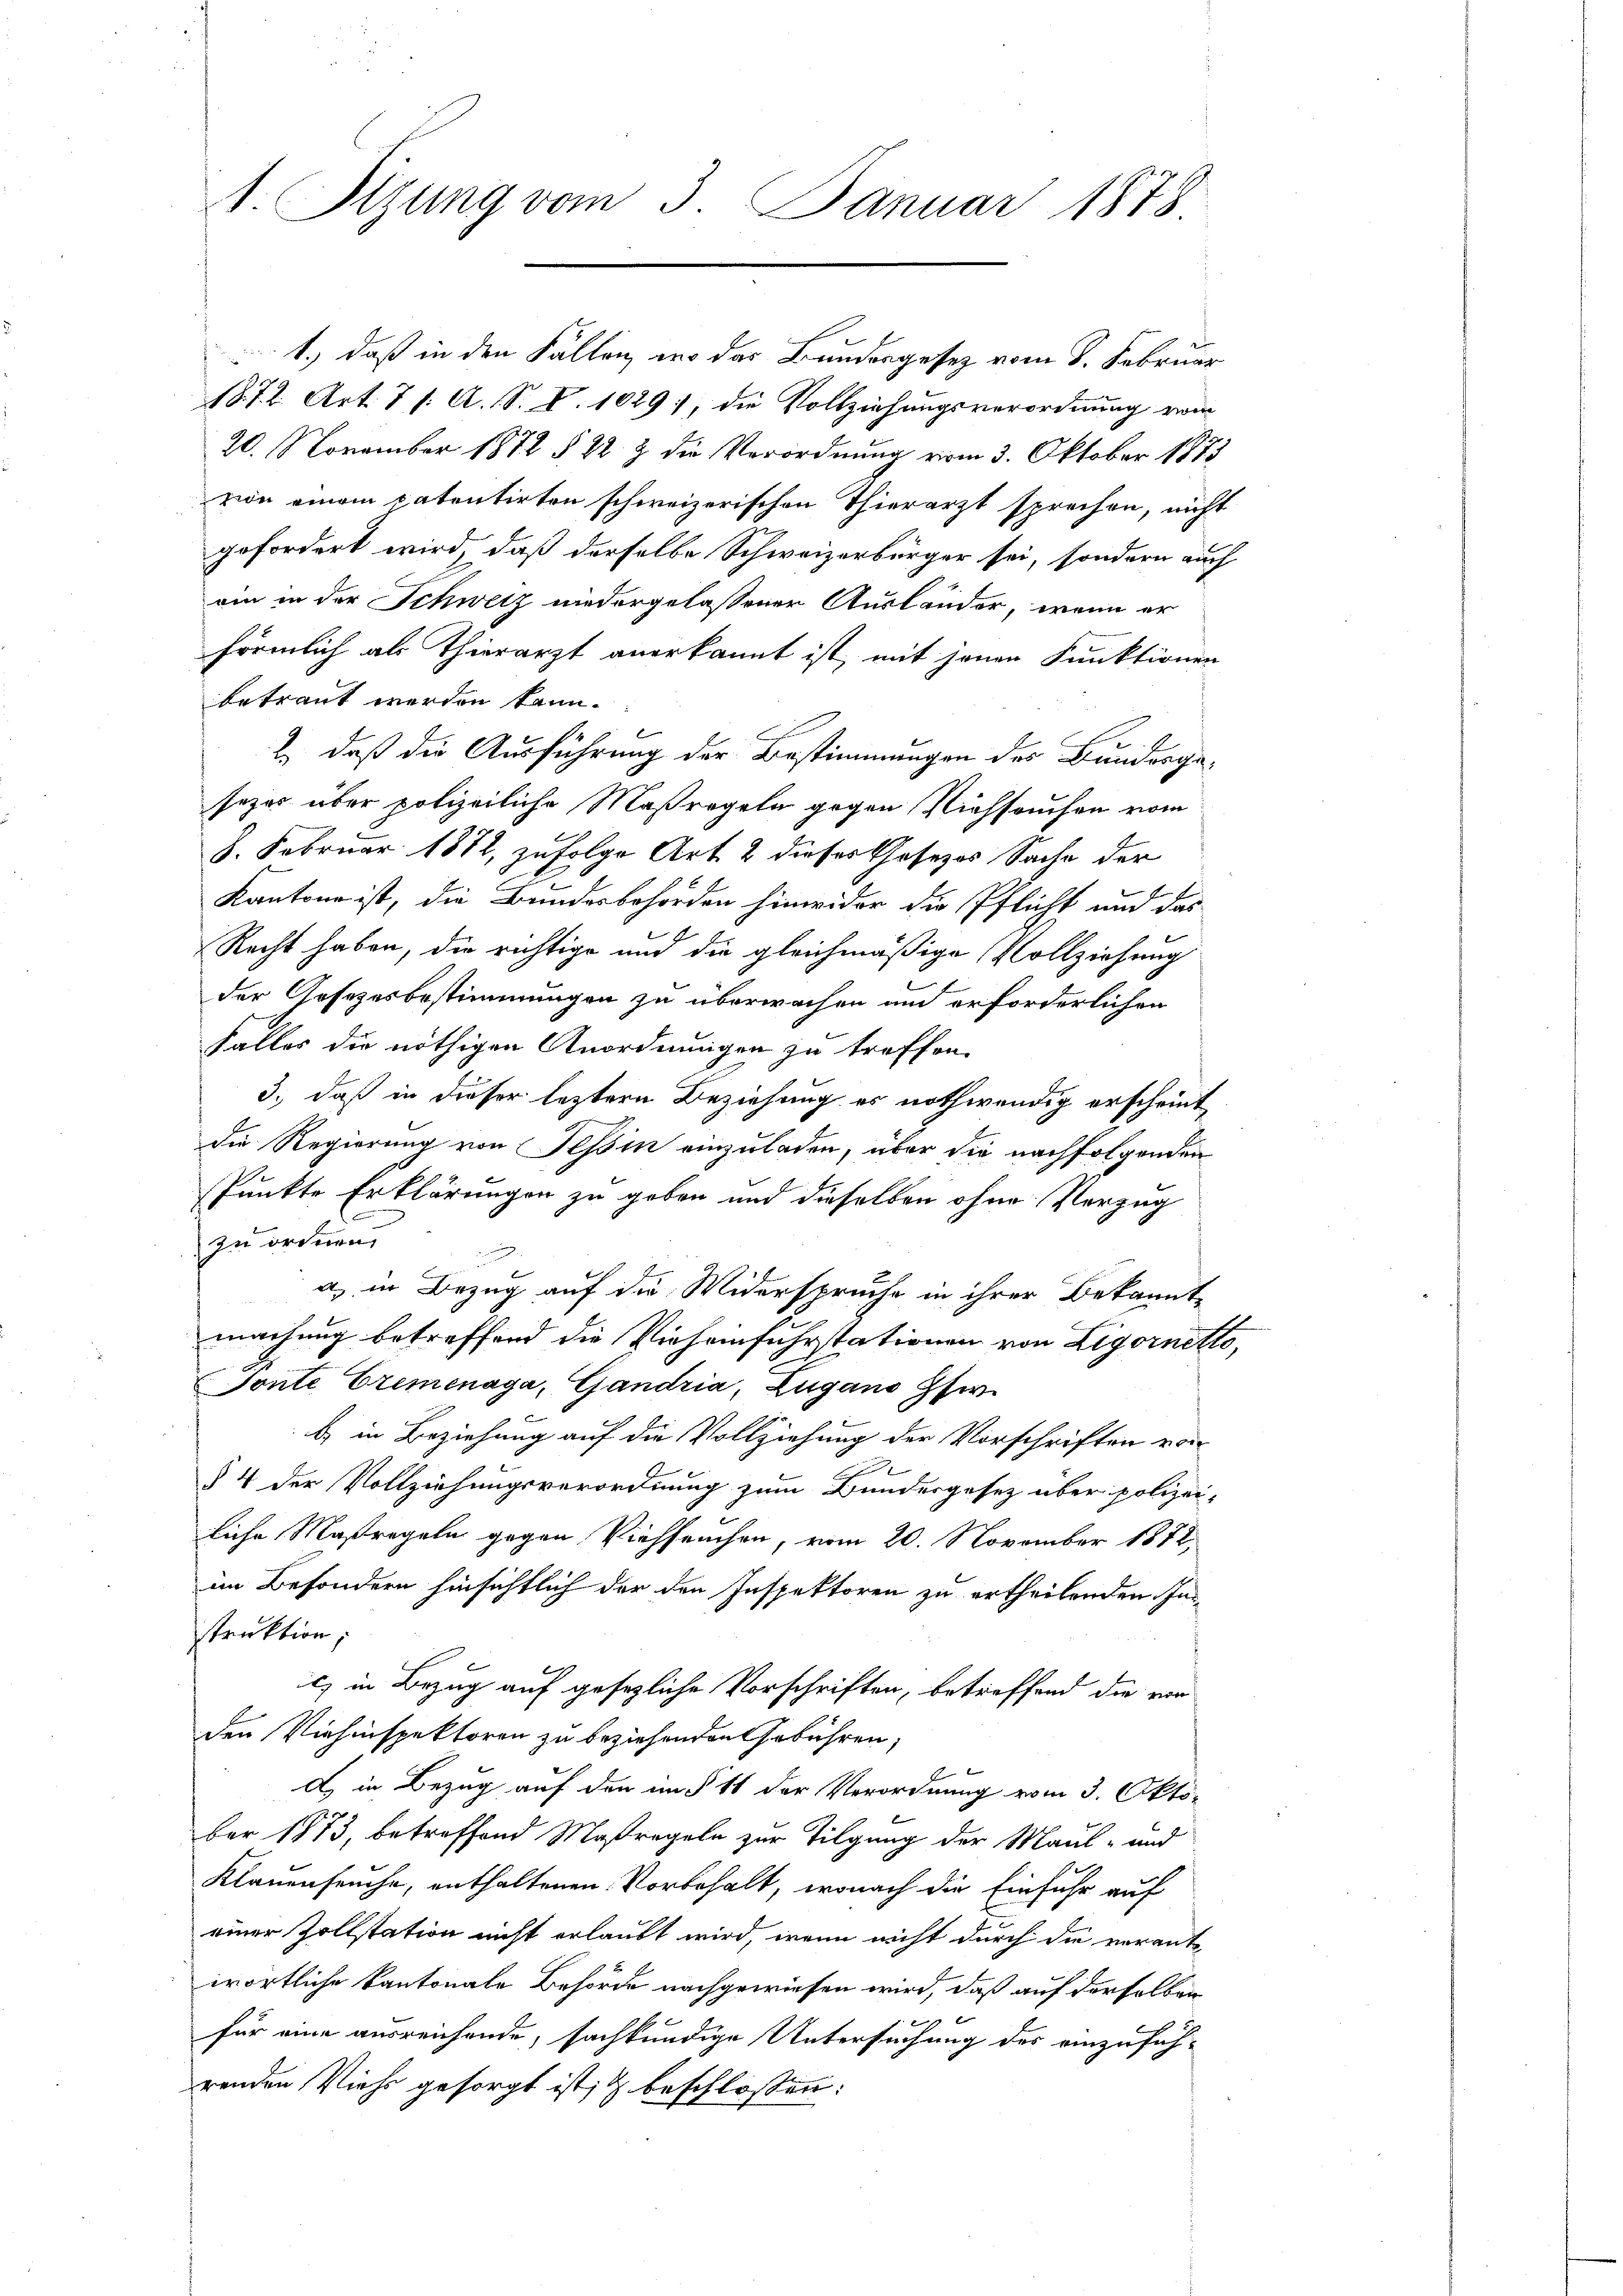
1. Sizung vom 3. Januar 1878

1.) daß in den Fällen, wo das Bundesgesez vom 8. Februar
18.7.2. Art. 7 f. A. S. V. 1029 die Vollziehungsverordnung vom
20. November 1872 § 22 & die Verordnung vom 3. Oktober 1873
von einem patentirten schweizerischen Thierarzt sprechen, nicht
gefordert wird, daß derselbe Schweizerbürger sei, sondern auch
ein in der Schweiz niedergelassener Ausländer, wenn er
frömlich als Thierarzt anerkannt ist, mit jenen Funktionen
betraut werden kann.
2.) daß die Ausführung der Bestimmungen des Bundergasezes über polizeiliche Maßregeln gegen Viehseuchen vom
8. Februar 1872, zufolge Art. 2 dieses Gesetzes Sache der
Kantone ist, die Bundesbehörden hinwider die Pflicht und das
Recht haben, die richtige und die gleichmäßige Vollziehung
der Gesetzesbestimmungen zu überwachen und erforderlichen
falles die nöthigen Anordnungen zu treffen.
3., daß in dieser leztern Beziehung es nothwendig erscheint
Die Regierung von Tessin einzuladen, über die nachfolgenden
Punkte Erklärungen zu geben und dieselben ohne Verzug
zu ordnen.
n
a. in Bezug auf die Widerspruche in ihrer Bekanntmachung betreffend die Vieheinfuhrstationen von Ligornetto,
Tonte Eremenaga, Gandria, Zugano Gfe.
b) in Beziehung auf die Vollziehung der Vorschriften von

§ 4 der Vollziehungsverordnung zum Bundesgesetz über polizei-
liche Maßregeln gegen Viehseuchen, vom 20. November 1872,
im Besondern hinsichtlich der den Inspektoren zu ertheilenden Instruktion,
icz in Bezug auf gesezliche Vorschriften, betreffend die vor
den Viehinspektoren zu beziehenden Gebühren,
d) in Bezug auf den im § 11 der Verordnung vom 3. Okto-
ber 1873, betreffend Maßregeln zur Tilgung der Maul- und
Klauenseuche, enthaltenen Vorbehalt, wonach die Einfuhr auf
einer Zollstation nicht erlaubt wird, wenn nicht durch die verant-
wörtliche Kantonale Behörde nachgewiesen wird, daß auf derselben
für eine ausreichende, sachkundige Untersuchung des einzuführenden Viehe gesorgt ist; beschlossen: